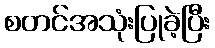
စတင်အသုံးပြုခဲ့ပြီး